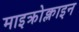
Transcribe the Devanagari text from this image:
माइक्रोक्लाइन